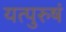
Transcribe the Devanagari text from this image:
यत्पुरुषं